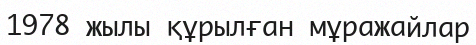
1978 жылы құрылған мұражайлар